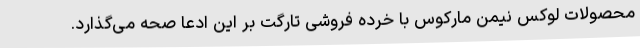
محصولات لوکس نیمن مارکوس با خرده فروشی تارگت بر این ادعا صحه می‌گذارد.